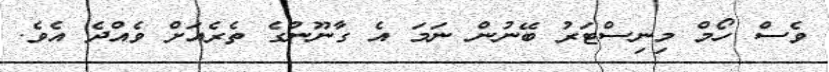
ވެސް ހޯމް މިނިސްޓަރު ބޭނުން ނަމަ އެ ގާނޫނުގެ ތެރެއަށް ވެއްދެ އެވެ.